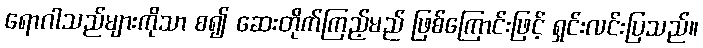
ရောဂါသည်များကိုသာ စ၍ ဆေးတိုက်ကြည့်မည် ဖြစ်ကြောင်းဖြင့် ရှင်းလင်းပြသည်။